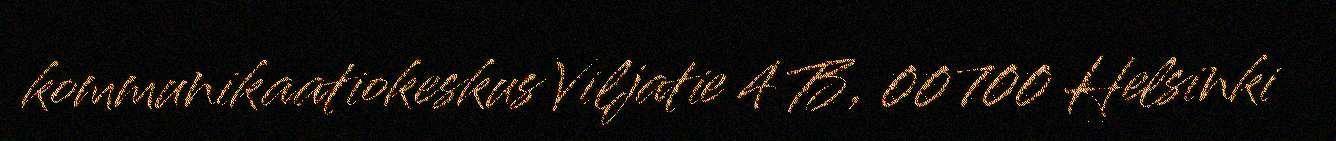
kommunikaatiokeskus Viljatie 4 B, 00700 Helsinki